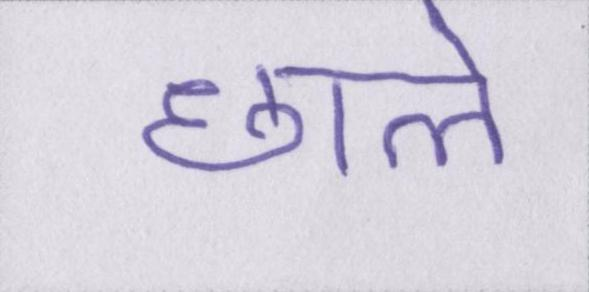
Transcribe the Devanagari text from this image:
छाले